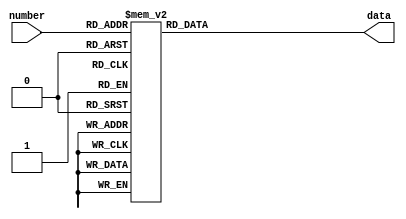
`timescale 1ns / 1ps
//////////////////////////////////////////////////////////////////////////////////
// Company: 
// Engineer: 
// 
// Design Name: 
// Module Name: number_to_data
// Project Name: 
// Target Devices: 
// Tool Versions: 
// Description: 
// 
// Dependencies: 
// 
// Revision:
// Revision 0.01 - File Created
// Additional Comments:
// 
//////////////////////////////////////////////////////////////////////////////////

module number_to_data(
    input [3:0] number,
    output reg [7:0] data
    );
    always@(*)
    begin
        case(number)
            0: data = 8'b0011_1111;
            1: data = 8'b0000_0110;
            2: data = 8'b0101_1011;
            3: data = 8'b0100_1111;
            4: data = 8'b0110_0110;
            5: data = 8'b0110_1101;
            6: data = 8'b0111_1101;
            7: data = 8'b0000_0111;
            8: data = 8'b0111_1111;
            9: data = 8'b0110_1111;
            10: data = 8'b0111_0111;
            11: data = 8'b1111_1100;
            12: data = 8'b0101_1000;
            13: data = 8'b0101_1110;
            14: data = 8'b0111_1001;
            15: data = 8'b0111_0001;
            default: data = 8'b0000_0000;
            endcase
    end
endmodule